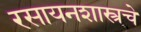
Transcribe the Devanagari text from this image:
रसायनशास्त्रचे